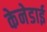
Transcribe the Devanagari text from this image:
केनेडाई